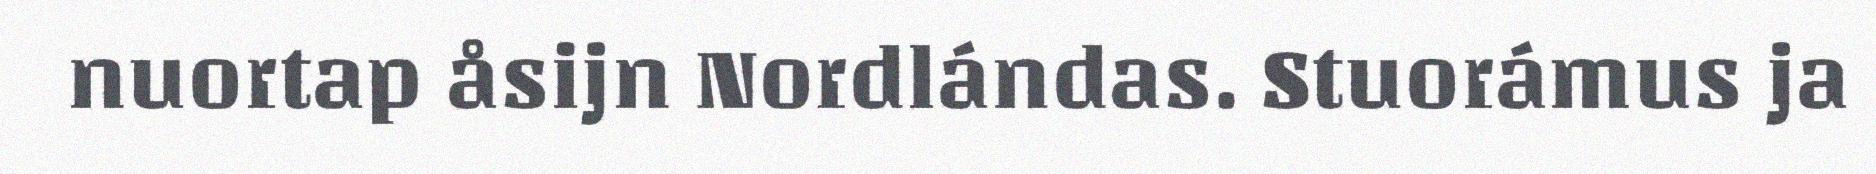
nuortap åsijn Nordlándas. Stuorámus ja